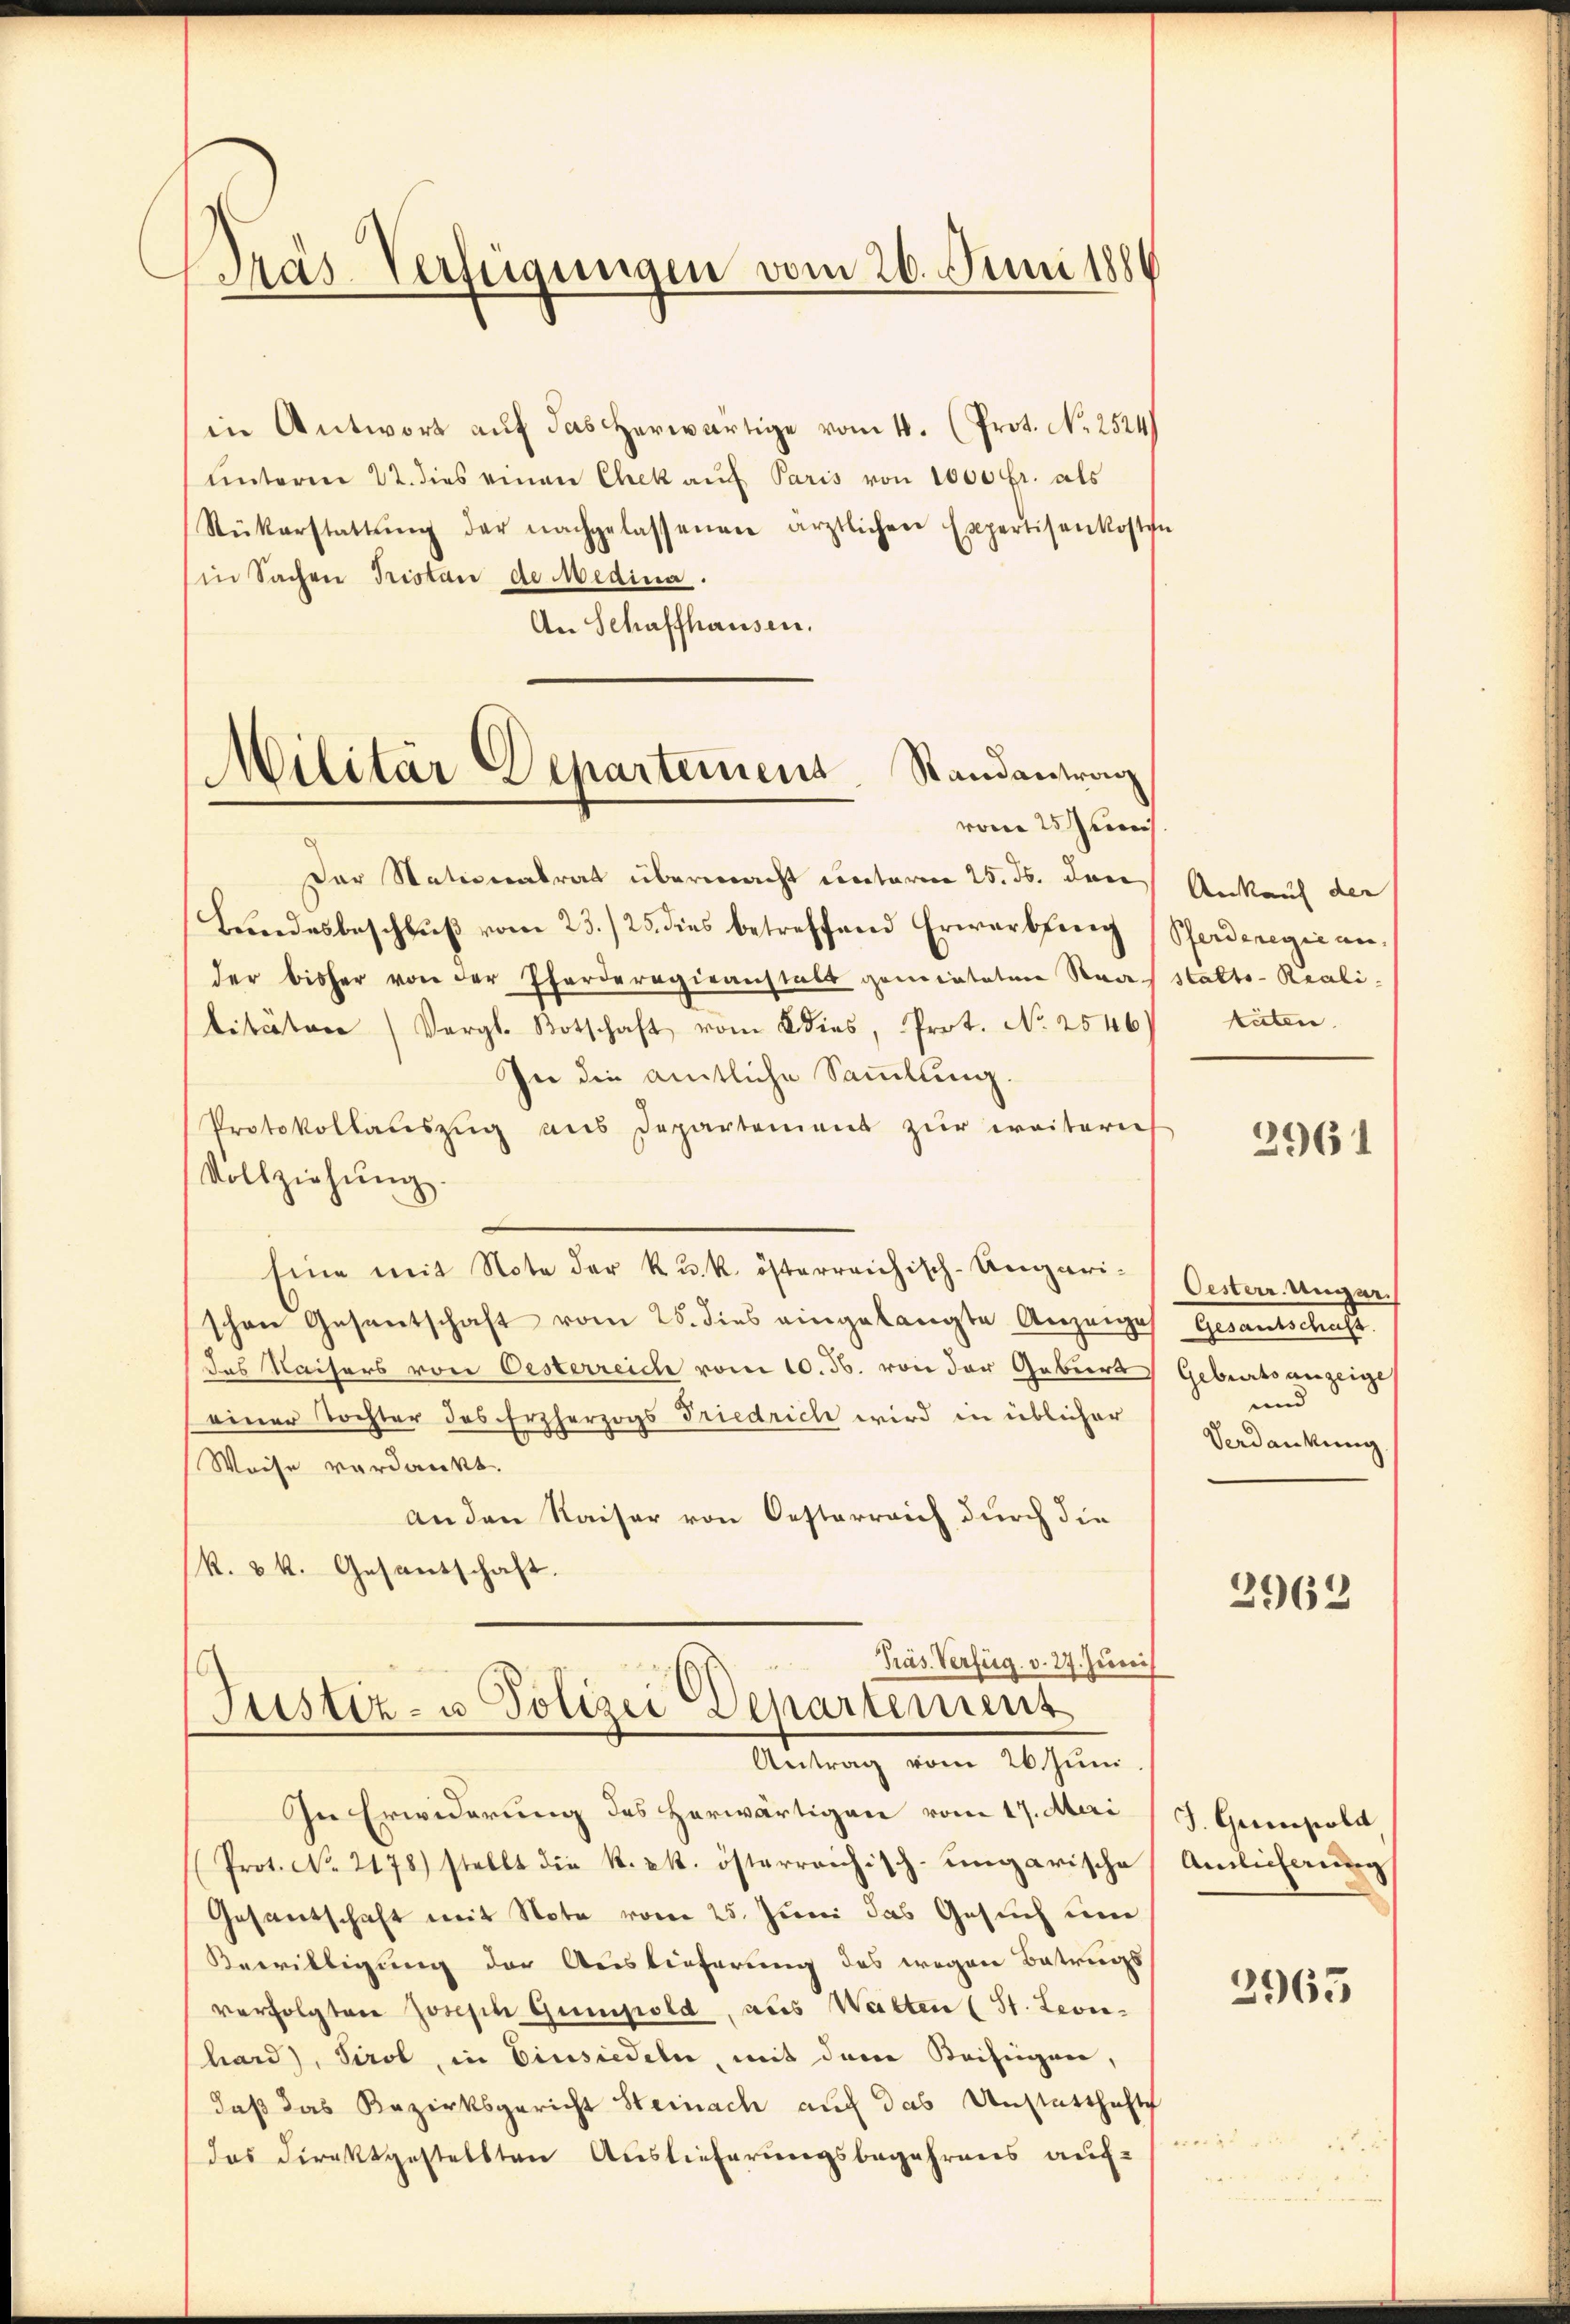
Pras-Verfügungen vom 26. Juni 1886

in Antwort auf das herwärtige vom 4. (Prot. No. 2524)
ŭnterm 22. dies einen Chek auf Paris von 1000 fr. als
Rükerstattŭng der nachgelassenen ärztlichen Expertisenkoste
in Sachen Pristan de Medina.
An Schaffhausen.
Der Nationalrat übermacht entaren 25. ds. den
Bundesbeschlŭβ vom 23./25. dies betreffend Erwerbung
der bisher von der Pferderogieanstalt gemietetene Rea-
litäten (Vergl. Botschaft vom Kies, Prot. No 2546
In die amtliche Sammlung.
Protokollauszug aus Departement zur weitern
Vollziehŭng
sine mit Note der kuk. österreichisch-Ungarischon Gesantschaft vom 25. dies eingelangte Anzeige
des Kaisers von Oesterreich vom 10. 30. von der Gebiers
einer Tochter des Erzherzogs Friedrich wird in üblicher
Weise verdankt.
an den Kaiser von Oesterreich durch die
k. k. Gesandschaft.
Präs. Verfüg. v. 27. Juni
Justiz- u Polizei Departement
Antrag vom 26. Juni
In Erwiderung des Herwärtigen vom 17. Meri
(Prot. No. 2178) stellt die k. k. österreichisch-ungarische
Gesantschaft mit Note vom 25. Juni das Gesuch um
Bewilligung der Auslieferung des wegen Betrugs
verfolgten Joseph Gumpold, aus Walten (St. Leonhard), Tirol, in Einsiedeln, mit dem Beifügen,
daß das Bezirksgericht Steinach auch das Anstatthafts
das Direktgestellten Auslieferungsbegehrens auf¬

Militär-Departement Randantrag
vom 25 Juni

Ankauf der
Pferderegie an
stalts-Reali
täten

2961

Oesterr. Ungar.
Gesandteilung
Geburts anzeige
und
Verdankung

2962

J. Guisold
Amlicherung

3965